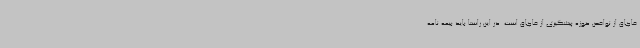
قاچاق از نواقص حوزه پیشگیری از قاچاق است. در این راستا باید بیمه نامه